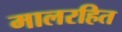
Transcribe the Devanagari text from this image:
मालरहित